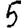
Digit: 5